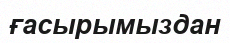
ғасырымыздан